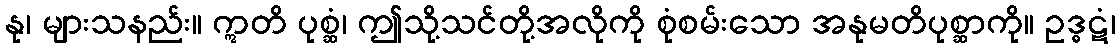
နု၊ များသနည်း။ ဣတိ ပုစ္ဆံ၊ ဤသို့သင်တို့အလိုကို စုံစမ်းသော အနုမတိပုစ္ဆာကို။ ဥဒ္ဓဋံ၊